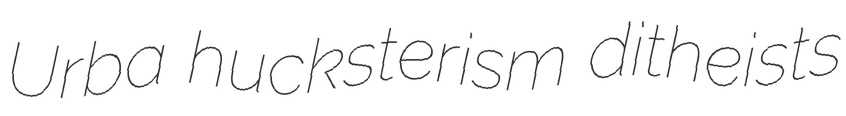
Urba hucksterism ditheists